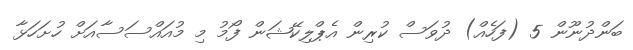
ބަންދުނޫން 5 (ފަހެއް) ދުވަސް ކުރިން އެޕްލިކޭޝަން ފޯމު މި މުއައްސަސާއަށް ހުށަހަޅާ